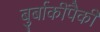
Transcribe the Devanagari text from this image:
बुर्बाकींपैकी